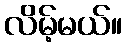
လိမ့်မယ်။